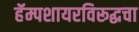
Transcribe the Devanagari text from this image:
हॅम्पशायरविरूद्धचा